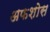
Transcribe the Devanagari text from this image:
अफशोस